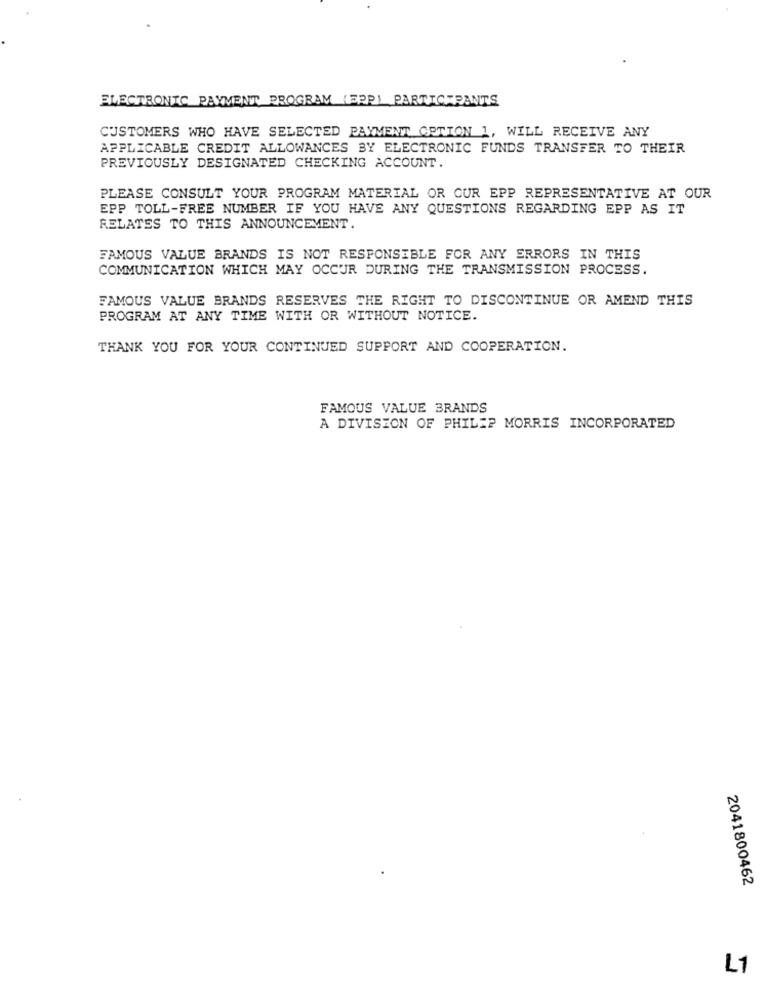
ELECTRONIC PAYMENT PROGRAM (EPP) PARTICIPANTS
CUSTOMERS WHO HAVE SELECTED PAYMENT OPTION 1, WILL RECEIVE ANY
APPLICABLE CREDIT ALLOWANCES BY ELECTRONIC FUNDS TRANSFER TO THEIR
PREVIOUSLY DESIGNATED CHECKING ACCOUNT.
PLEASE CONSULT YOUR PROGRAM MATERIAL OR CUR EPP REPRESENTATIVE AT OUR
EPP TOLL-FREE NUMBER IF YOU HAVE ANY QUESTIONS REGARDING EPP AS IT
RELATES TO THIS ANNOUNCEMENT.
FAMOUS VALUE BRANDS IS NOT RESPONSIBLE FOR ANY ERRORS IN THIS
COMMUNICATION WHICH MAY OCCUR DURING THE TRANSMISSION PROCESS.
FAMOUS VALUE BRANDS RESERVES THE RIGHT TO DISCONTINUE OR AMEND THIS
PROGRAM AT ANY TIME WITH OR WITHOUT NOTICE.
THANK YOU FOR YOUR CONTINUED SUPPORT AND COOPERATION.
FAMOUS VALUE BRANDS
A DIVISION OF PHILIP MORRIS INCORPORATED
2041800462
L1